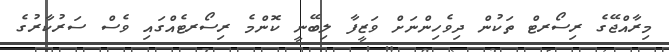
މިރާއްޖޭގެ ރިސޯރޓް ތަކުން ދިވެހިންނަށް ވަޒީފާ ލިބޭނީ ކޮންމެ ރިސޯރޓެއްގައި ވެސް ސަރުކާރުގެ